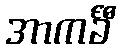
အာကင်္ခီ